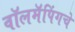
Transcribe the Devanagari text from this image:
वॉलमॅपिंगचे